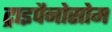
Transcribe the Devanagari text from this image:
ट्राइपैनोसोम